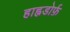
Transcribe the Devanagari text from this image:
हाह्नडोर्फ़